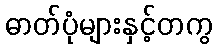
ဓာတ်ပုံများနှင့်တကွ